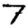
Digit: 7